Leaving Certificate Examination (including Day School Certificate (Higher) General paper), 1933
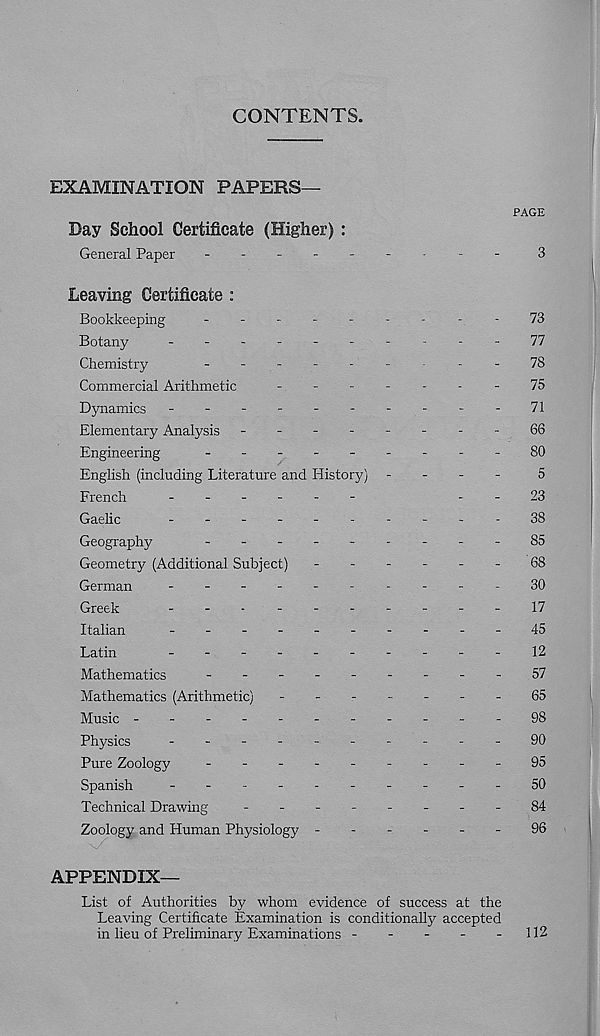
CONTENTS.
EXAMINATION PAPERS—
PAGE
Day School Certificate (Higher) :
General Paper
3
Leaving Certificate :
Bookkeeping
---------
73
Botany
-
--
--
--
--
-77
Chemistry
-------
-
-
78
Commercial Arithmetic
-
-
-
-
-
-
-
75
Dynamics
-
--
--
--
--
-71
Elementary Analysis -
--
--
--
-66
Engineering
-
--
--
--
--80
English (including Literature and History) -
-
-
-
5
French
------
-
-
23
Gaelic
.-------.-38
Geography
-
--
--
--
--85
Geometry (Additional Subject)
------
68
German
-
--
--
--
--
-30
Greek
-
-
-
-
--
--
--17
Italian
-
--
--
--
--
-
45
Latin
-
--
--
--
--
-
12
Mathematics
-
--
--
--
--57
Mathematics (Arithmetic)
-------
65
Music -----------98
Physics
-
--
--
--
--
-90
Pure Zoology
-
--
--
--
--
95
Spanish
-
--
--
--
--
-50
Technical Drawing
-
--
--
--
-84
Zoology and Human Physiology ------
96
APPENDIX—
List of Authorities by whom evidence of success at the
Leaving Certificate Examination is conditionally accepted
in lieu of Preliminary Examinations -
-
-
-
-112